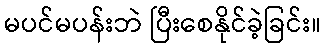
မပင်မပန်းဘဲ ပြီးစေနိုင်ခဲ့ခြင်း။